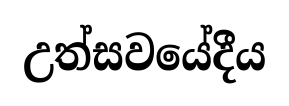
උත්සවයේදීය